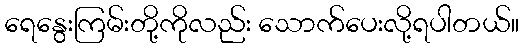
ရေနွေးကြမ်းတို့ကိုလည်း သောက်ပေးလို့ရပါတယ်။